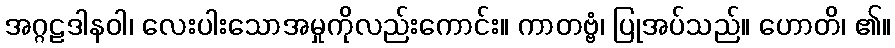
အဂ္ဂဠဒါနဝါ၊ လေးပါးသောအမှုကိုလည်းကောင်း။ ကာတဗ္ဗံ၊ ပြုအပ်သည်။ ဟောတိ၊ ၏။